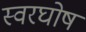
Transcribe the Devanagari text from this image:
स्वरघोष